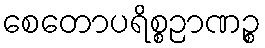
စေတောပရိစ္စဉာဏဉ္စ